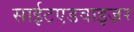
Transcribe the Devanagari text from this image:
साईटएडवाइज़र